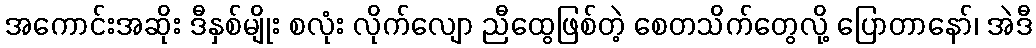
အကောင်းအဆိုး ဒီနှစ်မျိုး စလုံး လိုက်လျော ညီထွေဖြစ်တဲ့ စေတသိက်တွေလို့ ပြောတာနော်၊ အဲဒီ